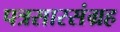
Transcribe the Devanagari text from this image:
पत्रसारसंग्रह